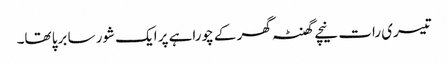
تیسری رات نیچے گھنٹہ گھر کے چوراہے پر ایک شور سا برپا تھا۔